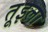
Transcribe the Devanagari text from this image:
तूइला